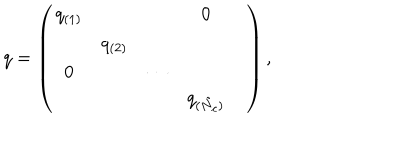
q = \left( \begin{array} { c c c c c } { { q _ { ( 1 ) } } } & { { } } & { { } } & { { 0 } } & { { } } \\ { { } } & { { q _ { ( 2 ) } } } & { { } } & { { } } & { { } } \\ { { 0 } } & { { } } & { { \cdots } } & { { } } & { { } } \\ { { } } & { { } } & { { } } & { { q _ { ( \tilde { N } _ { c } ) } } } & { { } } \\ \end{array} \right) ,